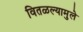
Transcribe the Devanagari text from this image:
वितळल्यामुले